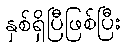
နှစ်ရှိပြီဖြစ်ပြီး